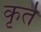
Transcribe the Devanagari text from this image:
कृर्त